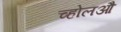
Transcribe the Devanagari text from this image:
च्होलऔ